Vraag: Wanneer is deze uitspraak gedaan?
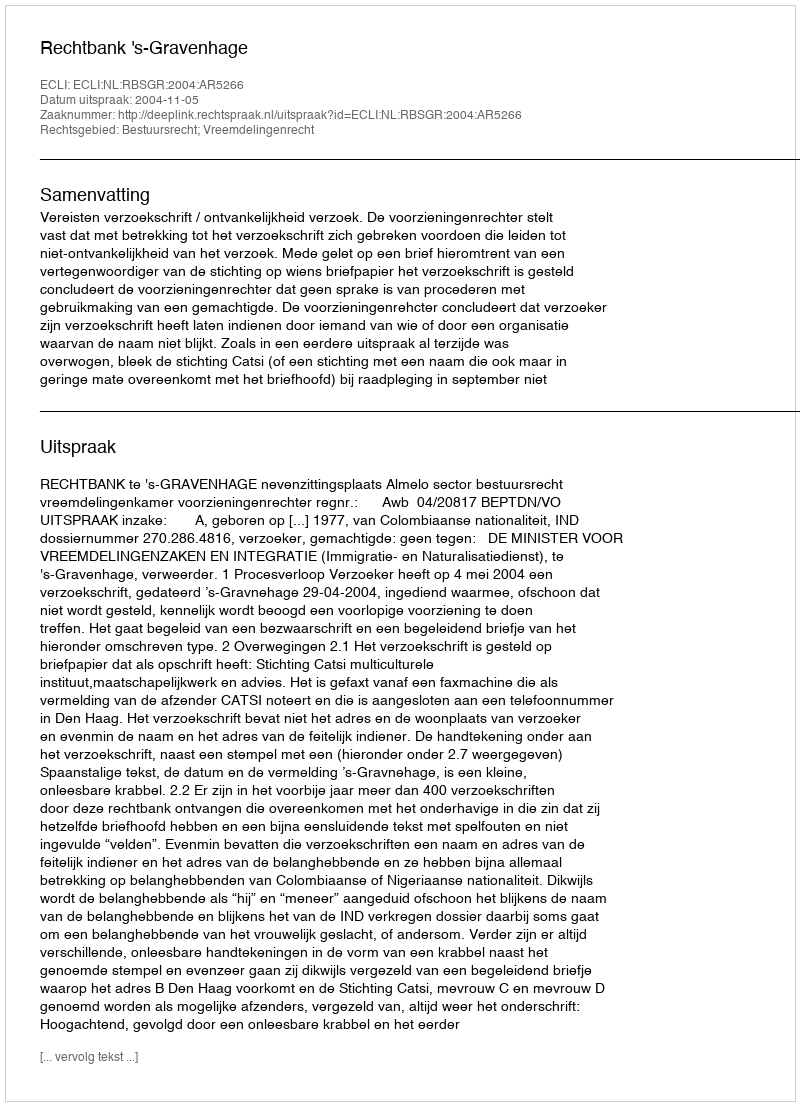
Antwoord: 2004-11-05